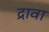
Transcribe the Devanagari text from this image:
द्रावा